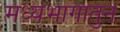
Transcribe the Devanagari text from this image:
मध्यभागातुन